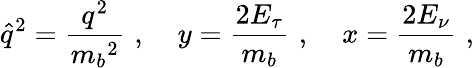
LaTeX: \hat{q}^{2}=\frac{q^{2}}{{m_{b}}^{2}}\, \, ,\, \, ~~~y=\frac{2E_{\tau}}{m_{b}}\, \, ,~~~\, \, x=\frac{2E_{\nu}}{m_{b}}\, \, ,